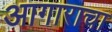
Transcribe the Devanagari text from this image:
आगाराचा